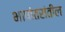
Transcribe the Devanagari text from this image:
भाषांतरांतील